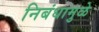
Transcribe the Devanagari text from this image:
निबंधामुळे